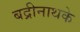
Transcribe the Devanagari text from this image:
बद्रीनाथके